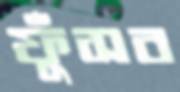
ফুঁসব